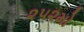
૨૫૨મો